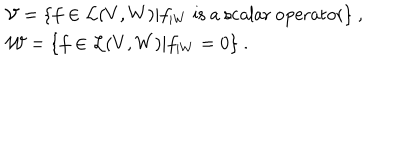
LaTeX: \begin{array} { r c l } { { } } & { { } } & { { { \cal V } = \{ f \in { \cal L } ( V , W ) \vert f _ { | W } ~ \mathrm { i s ~ a ~ s c a l a r ~ o p e r a t o r } \} ~ , } } \\ { { } } & { { } } & { { { \cal W } = \{ f \in { \cal L } ( V , W ) \vert f _ { | W } = 0 \} ~ . } } \\ \end{array}